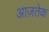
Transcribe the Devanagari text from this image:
आज़तेक